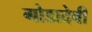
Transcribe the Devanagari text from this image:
गोडादेवी